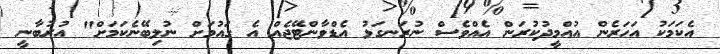
އެކަމަކު އަހަރެން އުއްމީދުކުރަން އެއްވެސް ނުރަނގަޅު އެޑްވާންޓޭޖެއް އެ ގައުމަށް ނުލިބޭނެކަމަށް" އުރުބާނީ